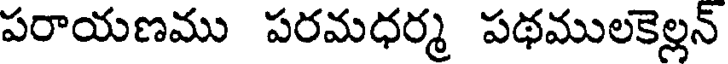
పరాయణము పరమధర్మ పథములకెల్లన్